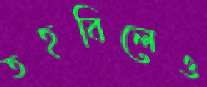
তহবিলেও